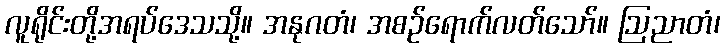
လူရိုင်းတို့အရပ်ဒေသသို့။ အနုဂတံ၊ အစဉ်ရောက်လတ်သော်။ ဩညာတံ၊